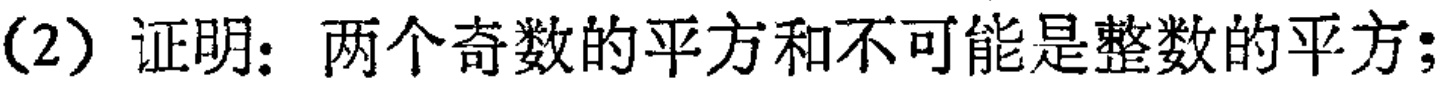
(2) 证明：两个奇数的平方和不可能是整数的平方；